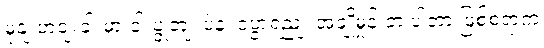
မုနျ့ဟငျးခါးမှာ ငါးပွုတျ၊ ပဲနဲ့၊ ငံပွာရညျ၊ အချိုမှုန့် ဘဲ ပါတာ ဖြစ်စရာက